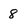
Character: 8